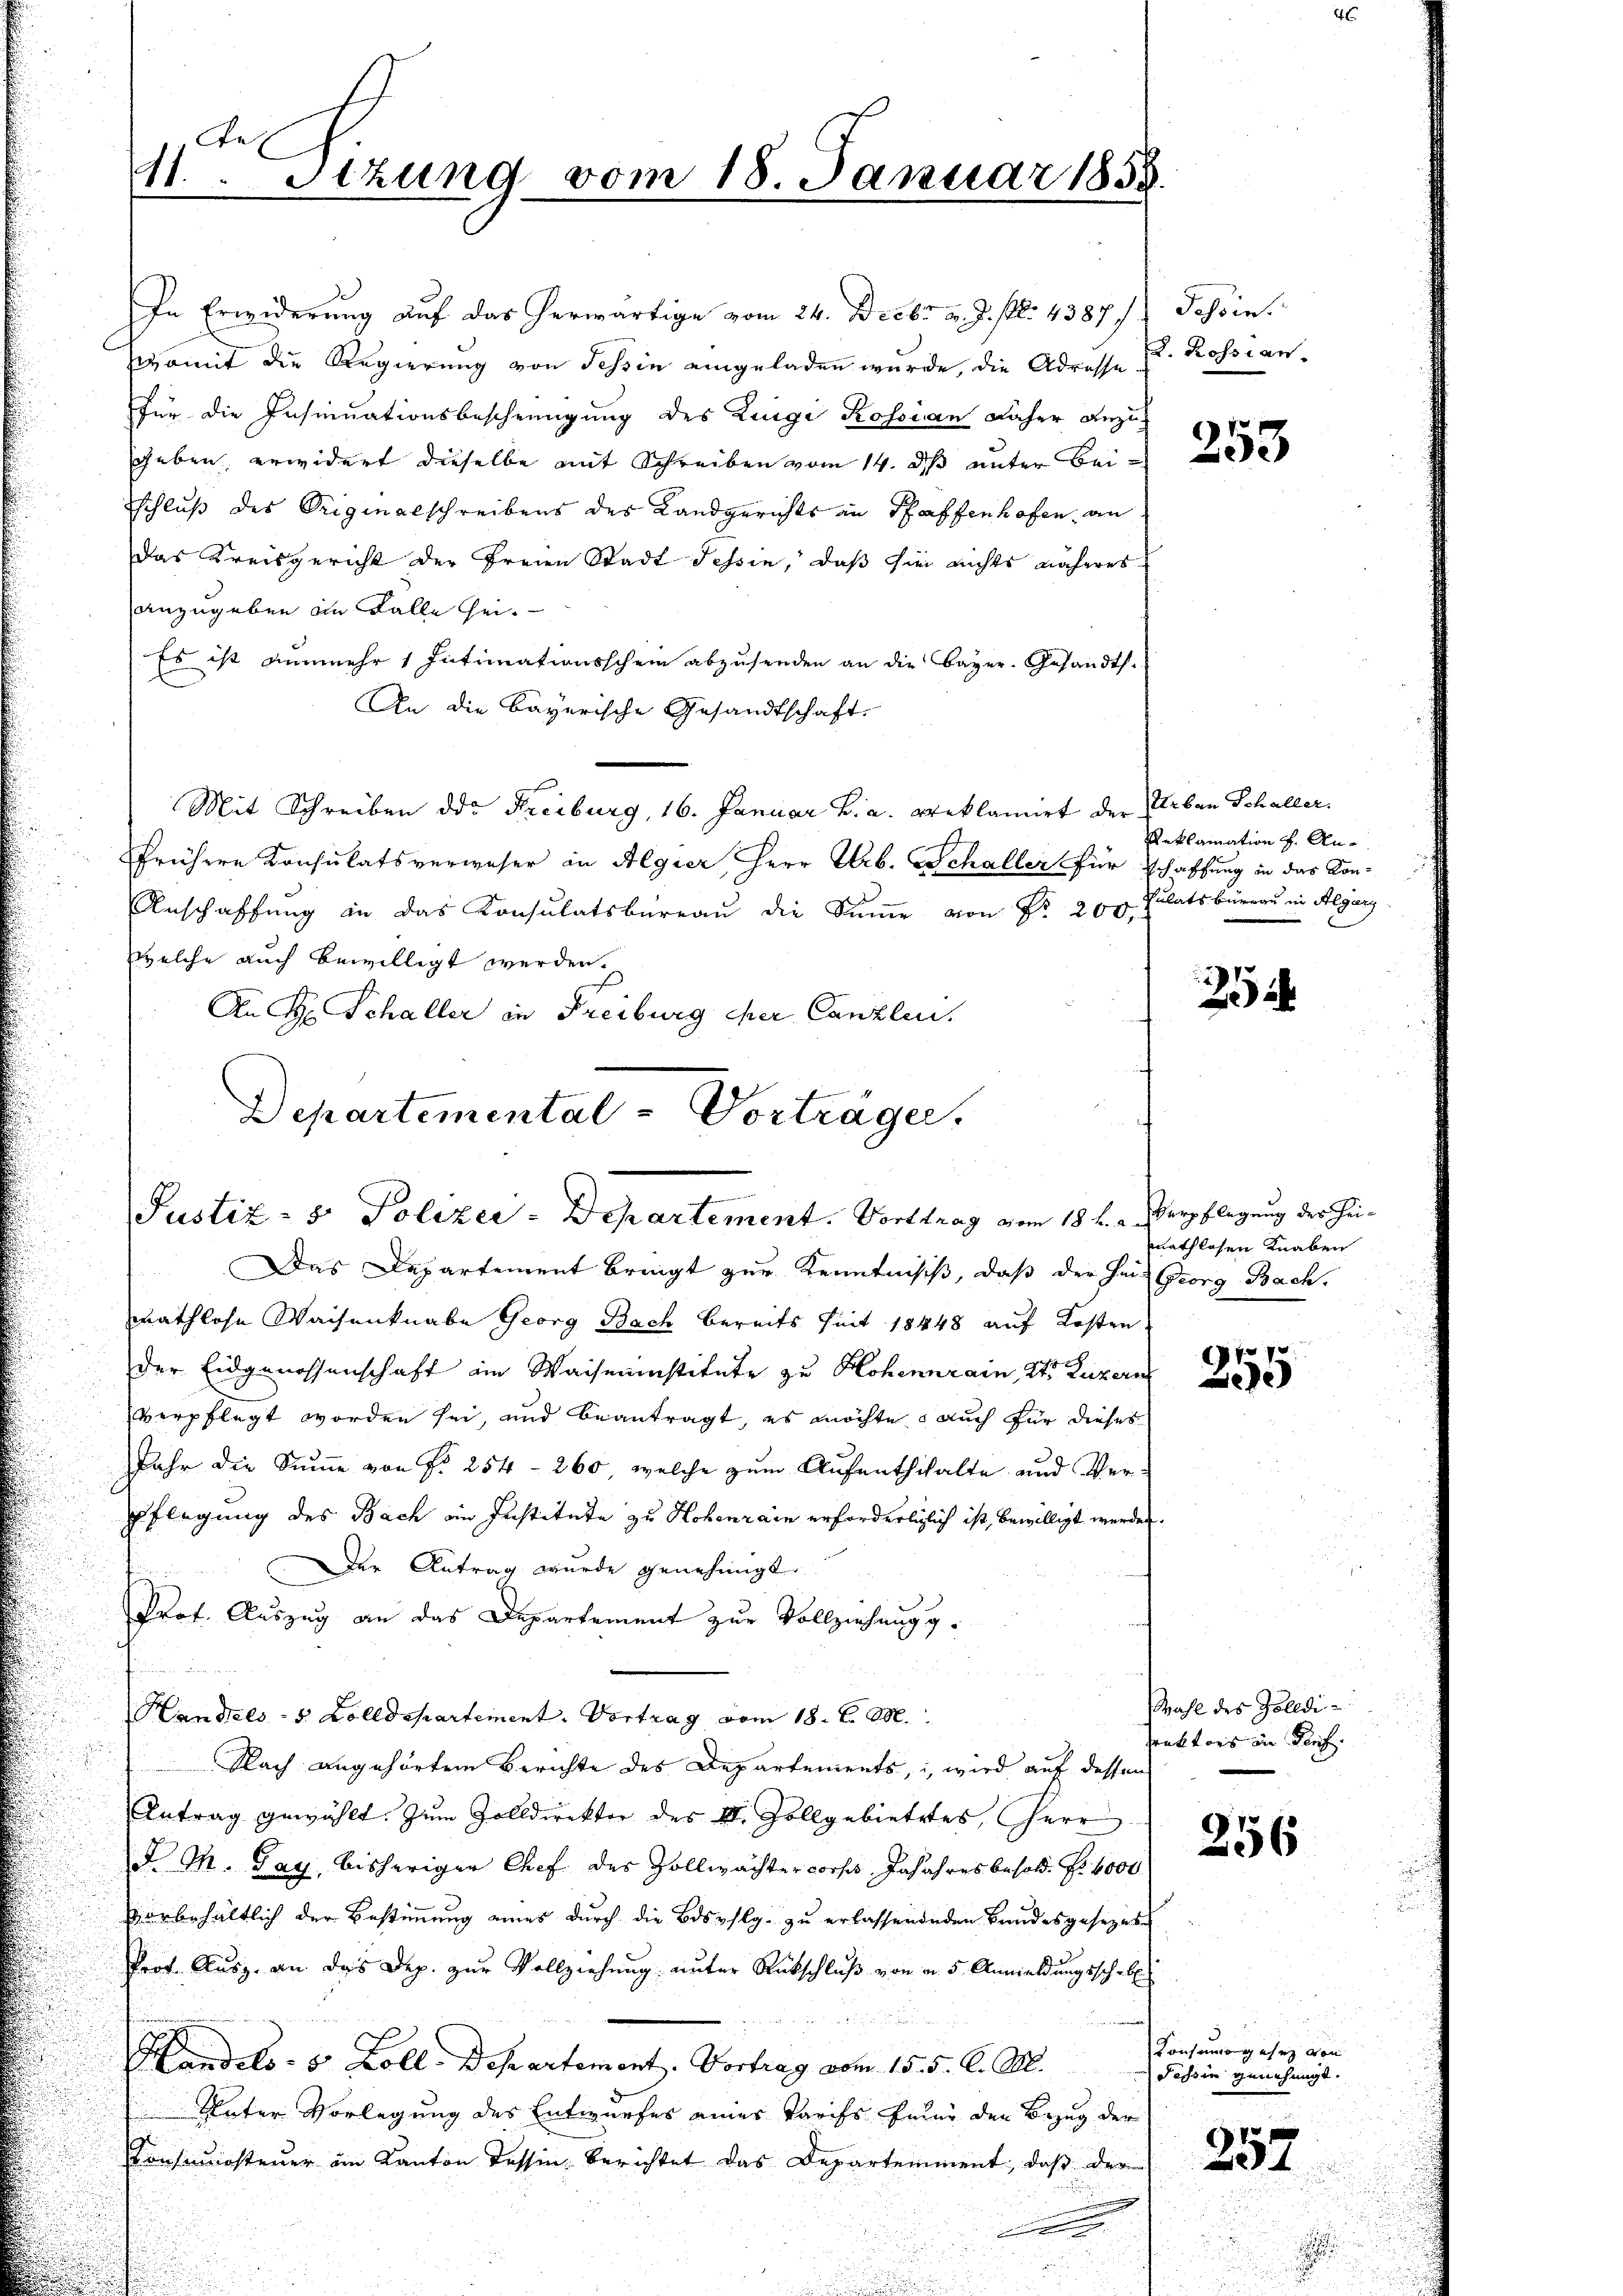
An
11. Sitzung vom 18. Januar 1858.

In Erwiderung auf das herwärtige vom 24. Decbr v. J. fl. 43871, Tessin
womit die Regierung von Tessin eingeladen wurde, die Adrosse
für die Insinuationsbescheinigung des Luigi Possian daher anzuggeben, erwidert dieselbe mit Schreiben vom 14. d unter bei
schluß des Originalschreibens des Landgerichts an Pfaffenhofen, an
Das Kreisgericht der Freien Stadt Tessin, daß sie nichts näheres
anzugeben im Falle sei.
Es ist nunmehr 1 Intimationsschein abzusenden an die Bayer. Gesandts.
An die Bayerische Gesandtschaft.
Mit Schreiben die Freiburg, 16. Januar B. a. reklamirt der Erben Schaller.
frühere Konsulatsverweser in Algier, Herr Ulrb. Schaller für
Anschaffŭng in das Konsulatsbüreaŭ die Sŭṁe von Fr. 200.
welche auch bewilligt werden.
An H. Schaller in Freiburg cher Canzlen.
Das Departement bringt zur Kenntniss, daß der Heil Georg Bach,
mathlose Waisenknabe Georg Bach bereits seit 18448 auf Kosten
der Eidgenossenschaft am Waiseninstitute zu Hohennrain, St. Luzern
verpflegt worden sei, und beantragt, es möchte auch für dieses
Jahr die Summe von Fr. 254-260, welche zum Aufenththalte und Ver¬
Pflegung des Bach in Institute zu Hohenrain erforderlichlich ist, bewilligt werden
Der Antrag wurde genehmigt.
Prof. Auszug an das Departement zur Vollziehung g

Handels- 5 Zolldepartement. Vortrag vom 18. d. M.
Nach angehörtem Berichte des Departements, wird auf dessen
Antrag gewählt. Zum Zolldirektor des I. Zollgebietetes, Herr
d. M. Pay, bisherigen Chef des Zollwachtercorses Jajahres besold. Nr. 4000
vorbehältlich der Bestimmung eines durch die Besphlg. zu erlassendenden Bundesgesezes¬
Prof. Ausz. an das Dep. zur Vollziehung unter Rutschluß von in 5 Anmeldungssche b
Handels- 5 Zoll-Departement. Vortrag vom 15. 5. d. M.
Unter Vorlegung des Entwurfes eines Tarifs feier den Bezug der
Consinuasteuer am Kanton dessin berichtet das Departemment, daß der
.

Departemental-Vorträger.
Justiz- & Polizei-Departement. Forttrag vom 18. v. a. Verpflegung der Hei¬

2. Rossian

253

Reklamation f. Anschaffung in das Kon¬
Pulatsbüreau in Algars

252

mathlosen Knaben

1 f 10
e

Wahl des Zolldi- |
Praktors in dies

256

Konsumorgehen von
Tessin genehmigt.

257